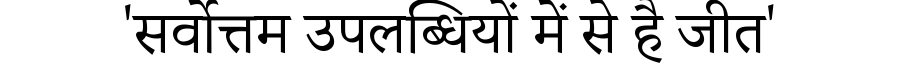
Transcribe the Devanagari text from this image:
'सर्वोत्तम उपलब्धियों में से है जीत'